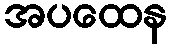
အပထေန